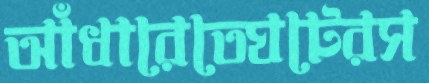
আঁধারেতেঘটেরস